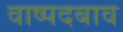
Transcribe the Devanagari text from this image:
वाष्पदबाव